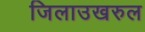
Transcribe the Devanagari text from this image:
जिलाउखरुल